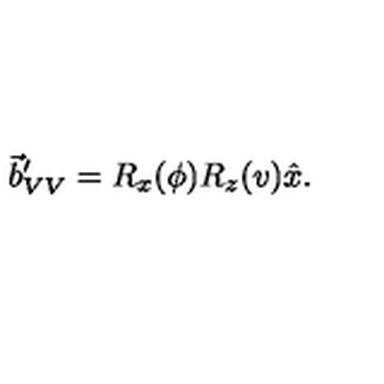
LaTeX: \vec { b } _ { V V } ^ { \prime } = R _ { x } ( \phi ) R _ { z } ( v ) \hat { x } .